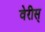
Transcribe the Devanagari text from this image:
वेरीस्